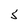
Character: S